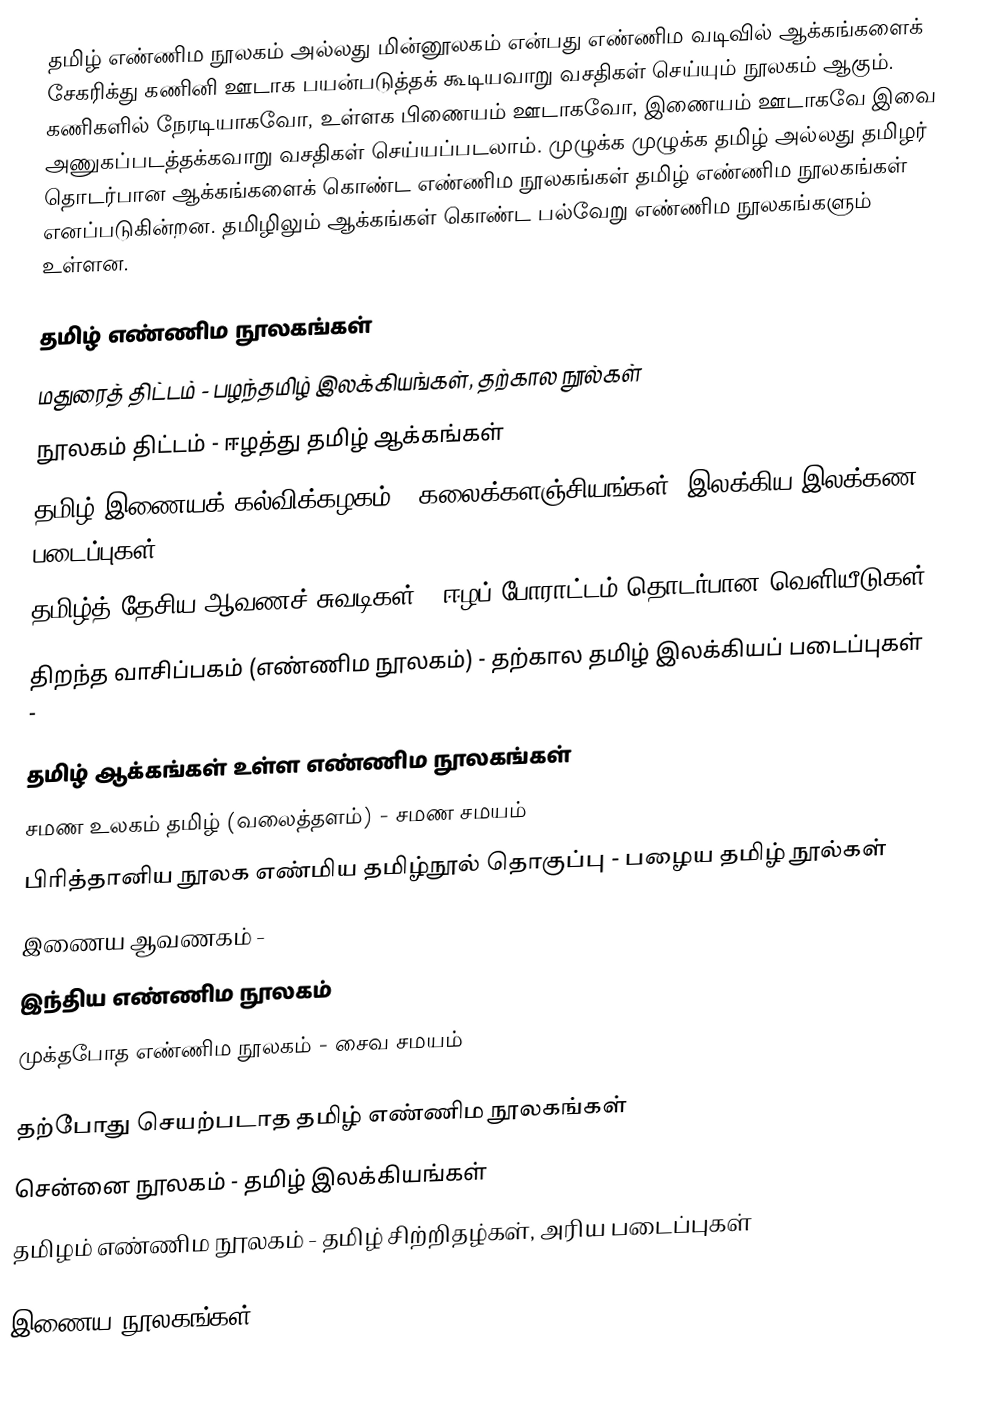
தமிழ் எண்ணிம நூலகம் அல்லது மின்னூலகம் என்பது எண்ணிம வடிவில் ஆக்கங்களைக் சேகரிக்து கணினி ஊடாக பயன்படுத்தக் கூடியவாறு வசதிகள் செய்யும் நூலகம் ஆகும். கணிகளில் நேரடியாகவோ, உள்ளக பிணையம் ஊடாகவோ, இணையம் ஊடாகவே இவை அணுகப்படத்தக்கவாறு வசதிகள் செய்யப்படலாம். முழுக்க முழுக்க தமிழ் அல்லது தமிழர் தொடர்பான ஆக்கங்களைக் கொண்ட எண்ணிம நூலகங்கள் தமிழ் எண்ணிம நூலகங்கள் எனப்படுகின்றன. தமிழிலும் ஆக்கங்கள் கொண்ட பல்வேறு எண்ணிம நூலகங்களும் உள்ளன.

தமிழ் எண்ணிம நூலகங்கள்
 மதுரைத் திட்டம் - பழந்தமிழ் இலக்கியங்கள், தற்கால நூல்கள்
 நூலகம் திட்டம் - ஈழத்து தமிழ் ஆக்கங்கள்
 தமிழ் இணையக் கல்விக்கழகம் - கலைக்களஞ்சியங்கள், இலக்கிய/இலக்கண படைப்புகள் -
 தமிழ்த் தேசிய ஆவணச் சுவடிகள் - ஈழப் போராட்டம் தொடர்பான வெளியீடுகள் -
 திறந்த வாசிப்பகம் (எண்ணிம நூலகம்) - தற்கால தமிழ் இலக்கியப் படைப்புகள் -

தமிழ் ஆக்கங்கள் உள்ள எண்ணிம நூலகங்கள்
 சமண உலகம் தமிழ் (வலைத்தளம்) - சமண சமயம்
 பிரித்தானிய நூலக எண்மிய தமிழ்நூல் தொகுப்பு - பழைய தமிழ் நூல்கள்
 இணைய ஆவணகம் -
 இந்திய எண்ணிம நூலகம்
 முக்தபோத எண்ணிம நூலகம் - சைவ சமயம்

தற்போது செயற்படாத தமிழ் எண்ணிம நூலகங்கள்
 சென்னை நூலகம் - தமிழ் இலக்கியங்கள்
 தமிழம் எண்ணிம நூலகம் - தமிழ் சிற்றிதழ்கள், அரிய படைப்புகள்

இணைய நூலகங்கள்